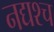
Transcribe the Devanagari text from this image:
नद्यश्‍च